Report of an investigation into the causes of malaria in Bombay and the measures necessary for its control
Disease focus: Malaria
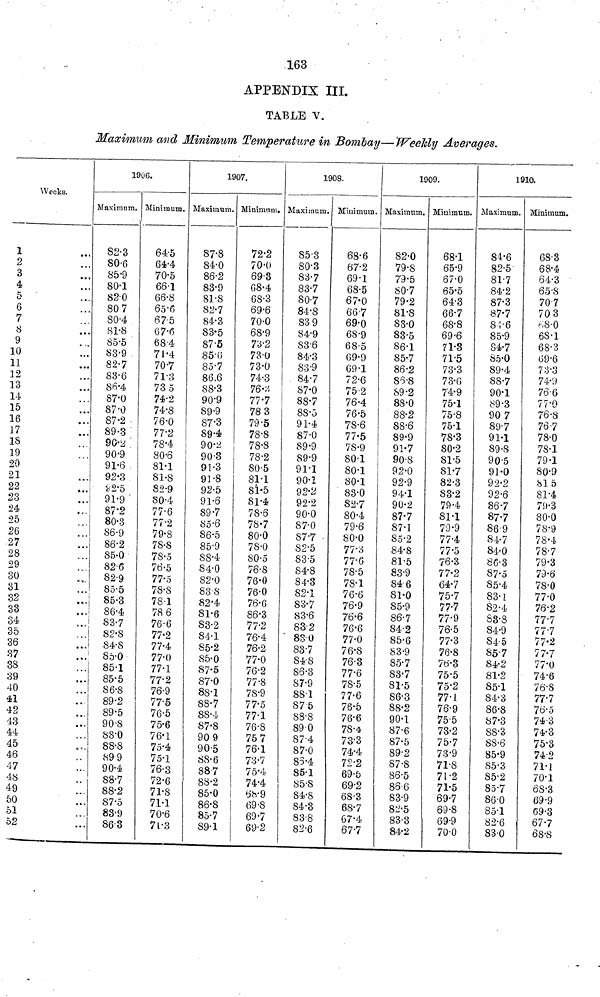
163
APPENDIX III.
TABLE V.
Maximum and Minimum Temperahtre in Bombay— Weekly Averages.
Weeks.
1
2
3
4
5
6
7
8
9
10
11
12
13
14
15
16
17
is
19
20
21
22
23
24
25
26
27
28
29
30
31
32
33
34
35
36
37
33
39
40
41
42
43
;.*•.
44
45
46
4 7
48
4-9
50
51
52
1906.
Maximum.
S2-3
80-6
85-9
80-1
82-0
80 7
SO-4
81-8
85-5
88-9
82-7
83-6
86-4
87*0
87'0
87-2
89-3
9G-¿ '
90-9
91-6
92-3
¿2*5
91-9 '
87-2
80-3
86-9
86-2
85-0
826
82-9
85-5
85-3
86-4
83-7
82-S
84-8
!
85-0
85-1
1 85-5
1 86-8
89-2
89-5
90'8
88-0
88-8
89 9
90-4
887
88-2
87-5
83-9
863
Minimum.
64-5
64-4
70-5
66-1
66-8
65*6
67-5
67*6
68-4
71-4
707
71-3
73 5
74-2
74-8
76-0
77-2
78-4
80-6
81-1
81-8
82-9
SO-4
77-6
77-2
79-8
78-8
78-5
76-5
77-5
78-8
78-1
78 6
76-6
77-2
77-4
77-0
77-1
77-2
76-9
77-5
76-5
75-6
76-1
75-4
75-1
76-3
72-6
71*8
71-1
70-6
71/3
1907.
Maximum.
87-8
84-0
86-2
83-9
81-8
82-7
84-3
83-5
87-5
85-6
85-7
86.6
88-3
90-9
89-9
87-3
S9-4
90-2
90-3
91-3
91-8
92-5
91-6
89-7
S5'6
86-5
85-9
88-4
84-0
82-0
83 S
82-4
81-6
S3-2
84-1
85*2
85-0
87-5
87-0
88-1
88-7
88-4
87*8
90 9
90-5
88-6
88-7
88-2
85-0
86-8
85-7
89-1
Minima m.
72-2
70-0
69-3
GS-4
68-3
69'6
70-0
68-9
7o'2
73-0
73*0
74-3
76v)
77'7
78 3
79-5
78-8
78-8
78-2
80-5
81-1
SÍ-5
81-4
78-6
78-7
80-0
78-0
80-5
76-S
76-0
76-0
76-6
86-3
77-2
76-4
76-2
77-0
76-2
77-8
78-9
77-5
77-1
76-8
75 7
76-1
73-7
7Ö-4
74-4
68-9
| 69-S
69-7
69-2
1908.
Maximum,
85-3
S0-3
83-7
83-7
80-7
84-8
S3 9
84-9
S3-6
84-3
83-9
84-7
87-0
88-7
8S-5
91-4
87-0
89-9
89-9
91-1
90-1
92-2
92*2
90-0
87-0
877 -
82-5
83-5
84-8
84-3
82-1
83-7
83-6
832
' 83 0
83-7
S4'8
86-3
S7'9
88-1
87 5
88-8
890
87-4
87-0
85-4
85-1
85-S
84-8
84-3
83-8
82-6
Minimum.
68-6
67-2
69-1
68-5
67-0
667
69-0
68-9
68-5
09-9
09-1
72-6
75-2
76-4
76-5
7S-6
77-5
78-9
80-1
80-1
80-1
83-0
82-7
80-4
79-6
80-0
77-3
77-6
78-5
78-1
76-6
76-9
76-6
76'6
77-0
76-8
76-3
77-6
78-5
77-6
76-5
76-6
78-4
73-3
74-4
72-2
69-5
69-2
6S-3
6S7
67-4
67-7
1909.
Maximum.
82-0
79-S
79-5
80-7
79-2
SI'S
83-0
83-5
86-1
85-7
86-2
86-8
89*2
88-0
88-2
88-6
89-9
91-7
90S
92-0
92-9
94-1
90-2
87-7
87-1
85-2
84-8
81-5
83-9
84 6
81-0
85-9
86-7
84-2
85-6
83-9
85-7
83-7
81-5
86-3
88-2
90*1
87-6
87-5
89-2
87-8
86-5
866
83-9
82-5
83-3
84-2
Minimum.
68-1
65-9
67-0
65-5
64-3
66-7
68-8
69'6
71-8
71-5
73-3
73-0
74-9
75-1
75-8
751
78«3
80-2
81-5
81-7
82-3
S3-2
79-4
81-1
79-9
77-4
77-5
76-3
77-2
64-7
75-7
77-7
77-9
76-5
77-3
76-8
76-3
75-5
75-2
77-1
76-9
755
73-2
75-7
73-9
71-8
71-2
71-5
69-7
69-8
69-9
70-0
1910.
Maximum.
84-6
82-5
81-7
84-2
87-3
87-7
8Î-6
85-9
84-7
85-0
89-4
88-7
90*1
89-3
90 7
897
91-1
89 -8
905
91-0
92-2
92-6
867
87-7
86 9
81-7
84'0
86-3
87-5
85-4
83-1
82-4
S3-S
84-9
84-5
857
84-2
81-2
85-1
84-3
86-8
87-3
8S-3
SS-6
85-9
85-3
85-2
857
86-0
85-1
82-6
83-0
Minimum.
68-3
68-4
64-3
65-8
707
70 3
»-.8-0
68-1
68-3
(39-6
73-3
74-'.)
7Ö-6
77-0
76-8
767
78-0
78-1
79-1
80-9
815
81-4
79-3
80-0
78'9
78-4
787
79-3
79-6
78-0
77-0
76-2
777
777
77-2
777
77-0
74-6
76-S
777
76-5
74-3
74-3
75-3
74'2
71-1
70-1
68-3
69-9
C9-3
677
Ô8-8